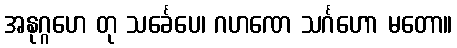
အနုဂ္ဂဟေ တု သင်္ခေပေ၊ ဂဟဏေ သင်္ဂဟော မတော။